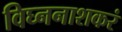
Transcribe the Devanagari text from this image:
विघ्ननाशकरं